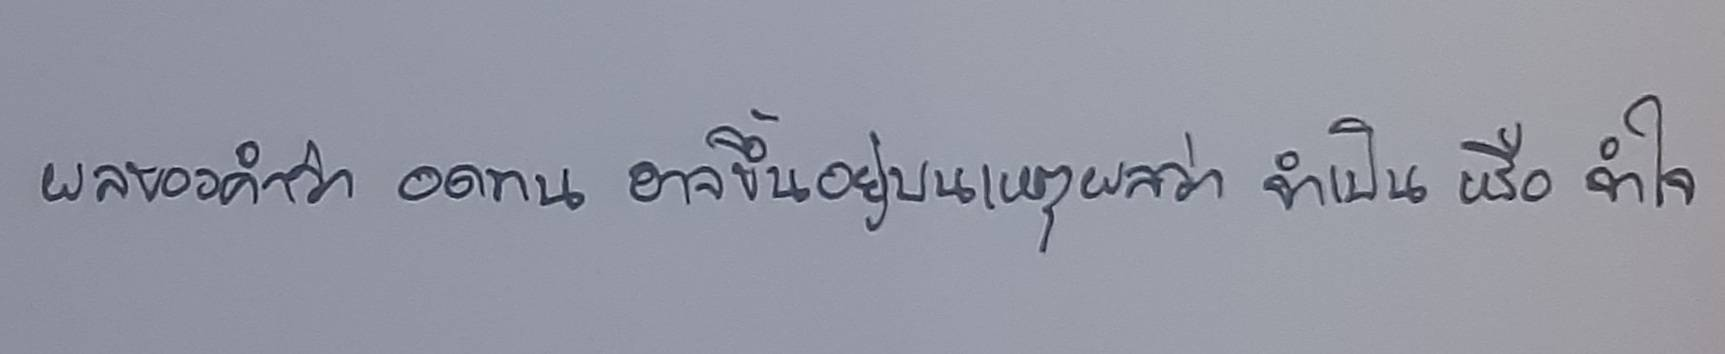
ผลของคําว่า อดทน อาจขึ้นอยู่บนเหตุผลว่า จําเป็น หรือ จําใจ